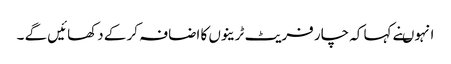
انہوںنے کہا کہ چار فریٹ ٹرینوں کا اضافہ کر کے دکھائیں گے ۔